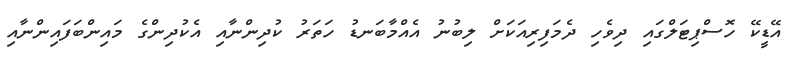
އޭޑީކޭ ހޮސްޕިޓަލްގައި ދިވެހި ދެމަފިރިއަކަށް ލިބުނު އެއްމާބަނޑު ހަތަރު ކުދިންނާއި އެކުދިންގެ މައިންބަފައިންނާއި